Vabadussoja_Ajaloo_Komitee, lk 16
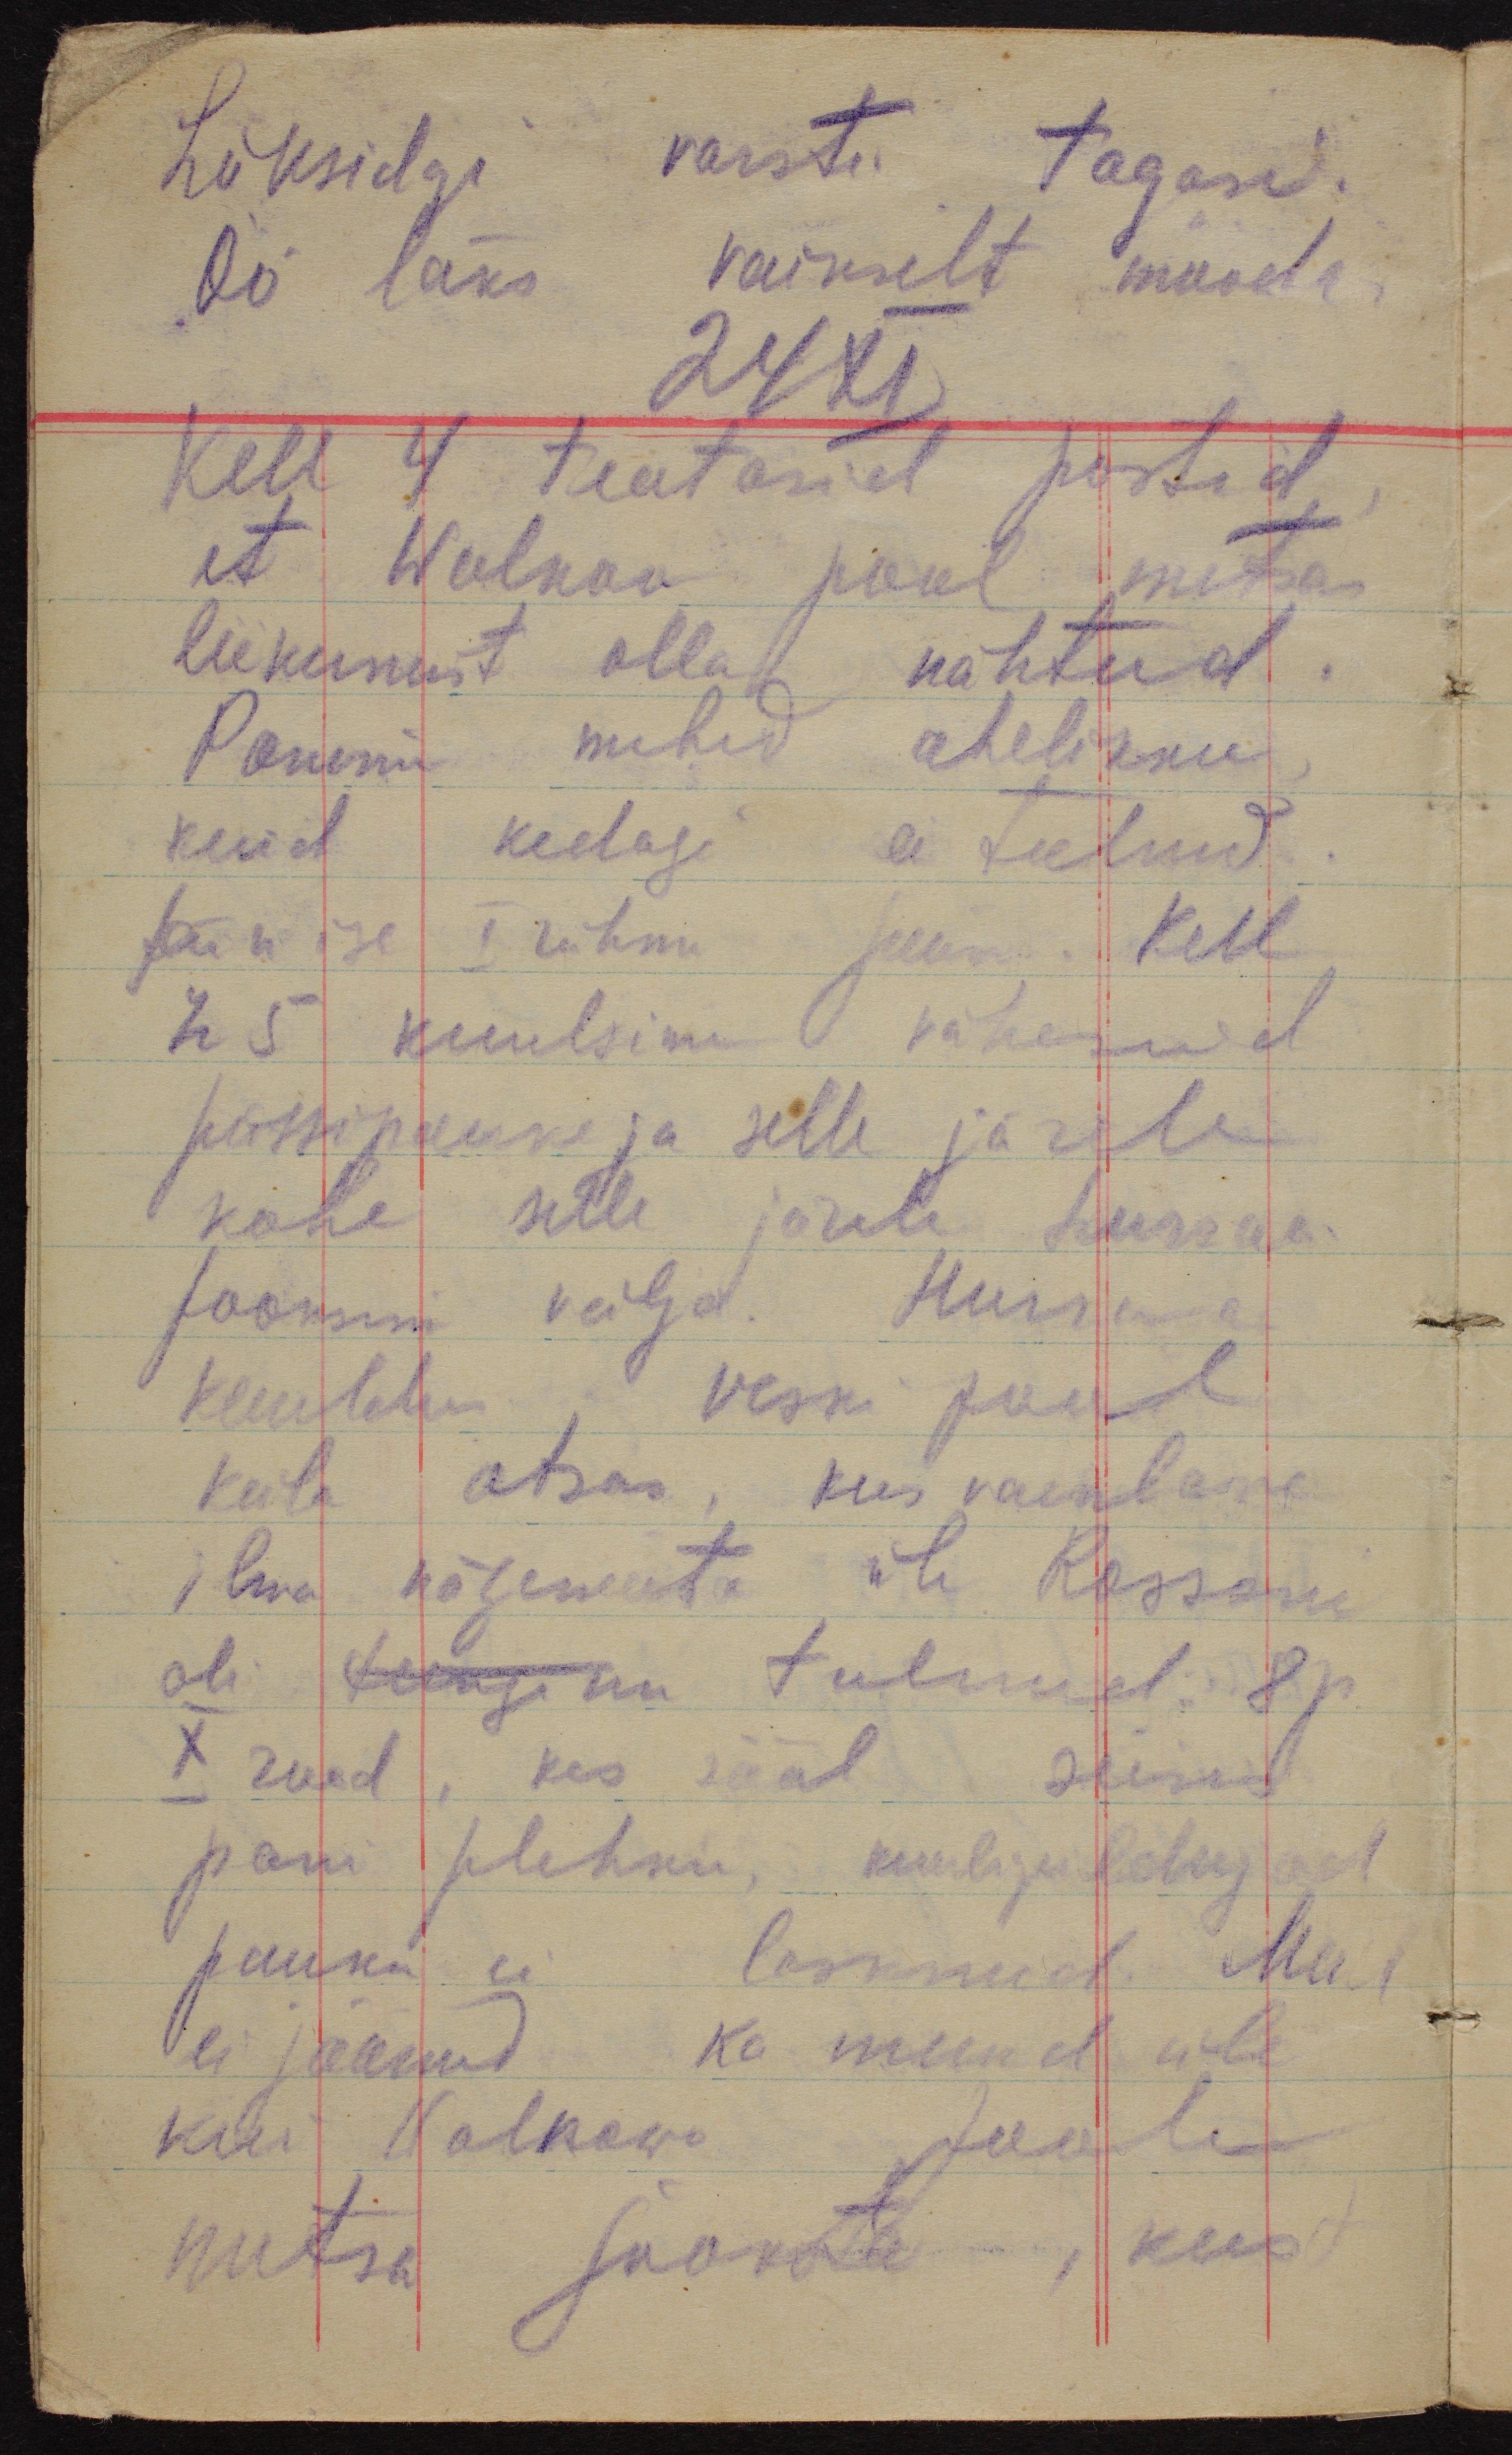
Läksidgi varsti tagasi.
Öö läks vaikselt mööda.
24 XI
Kell 4 teatasid postid,
et Wolkov pool metsas
liikumist olla nähtud.
Panime mehed ahelikku,
kuid kedagi ei tulnud.
Sain ise I rühma juure. Kell
h 5 kuulsime väheseid
püssipauke ja selle järele
kohe selle järele hurraa
jooksuni välja. Hurraa
kuuldus veski pool
küla otsas, kus vaenlane
ilma nägemata üle Rossoni
oli tunginu tulnud. 8p.
X rood, kes sääl seisis
pani plehku, kuulipildujad
pauku ei lasknud. Meil
ei jäänud ka muud üle
kui Wolkowo poole
metsa jooksta, kust